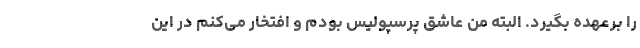
را برعهده بگیرد. البته من عاشق پرسپولیس بودم و افتخار می‌کنم در این